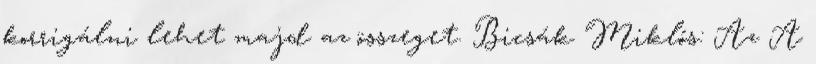
korrigálni lehet majd az összeget. Bicsák Miklós: Az A